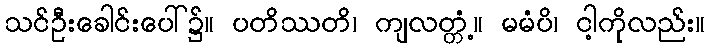
သင်ဦးခေါင်းပေါ်၌။ ပတိဿတိ၊ ကျလတ္တံ့။ မမံပိ၊ ငါ့ကိုလည်း။